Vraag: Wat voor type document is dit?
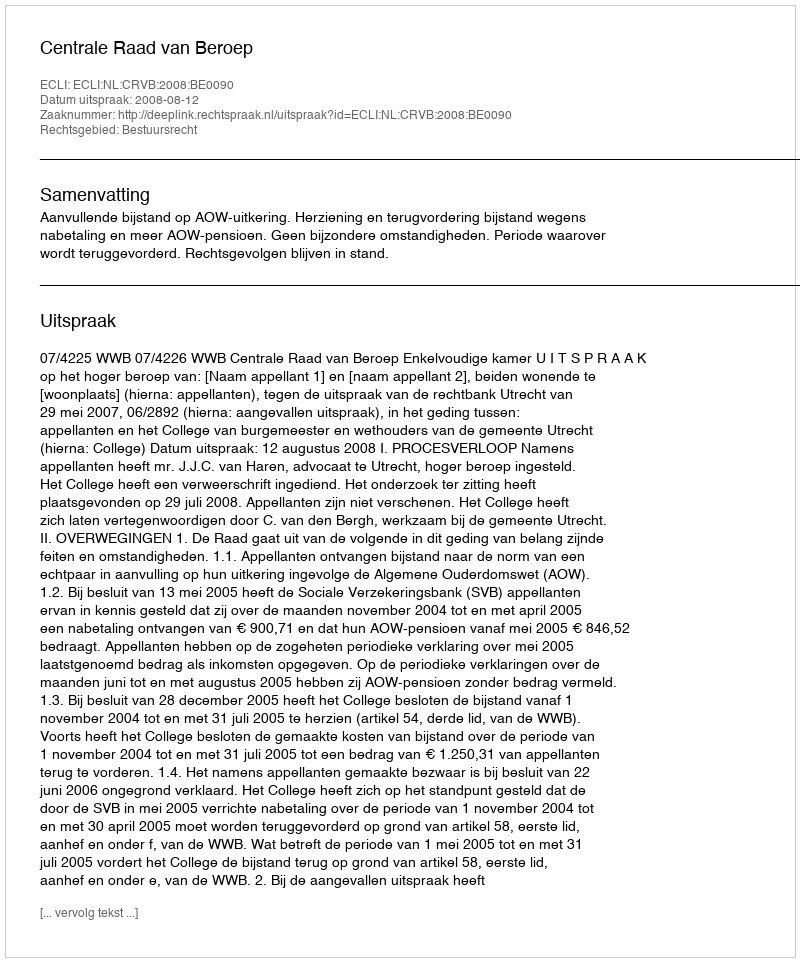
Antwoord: Uitspraak